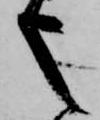
也